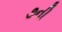
૭ની